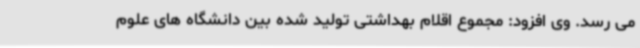
می رسد. وی افزود: مجموع اقلام بهداشتی تولید شده بین دانشگاه های علوم